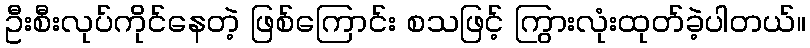
ဦးစီးလုပ်ကိုင်နေတဲ့ ဖြစ်ကြောင်း စသဖြင့် ကြွားလုံးထုတ်ခဲ့ပါတယ်။